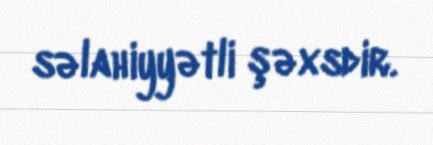
səlahiyyətli şəxsdir.